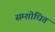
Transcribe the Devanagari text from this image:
सम्शोधित